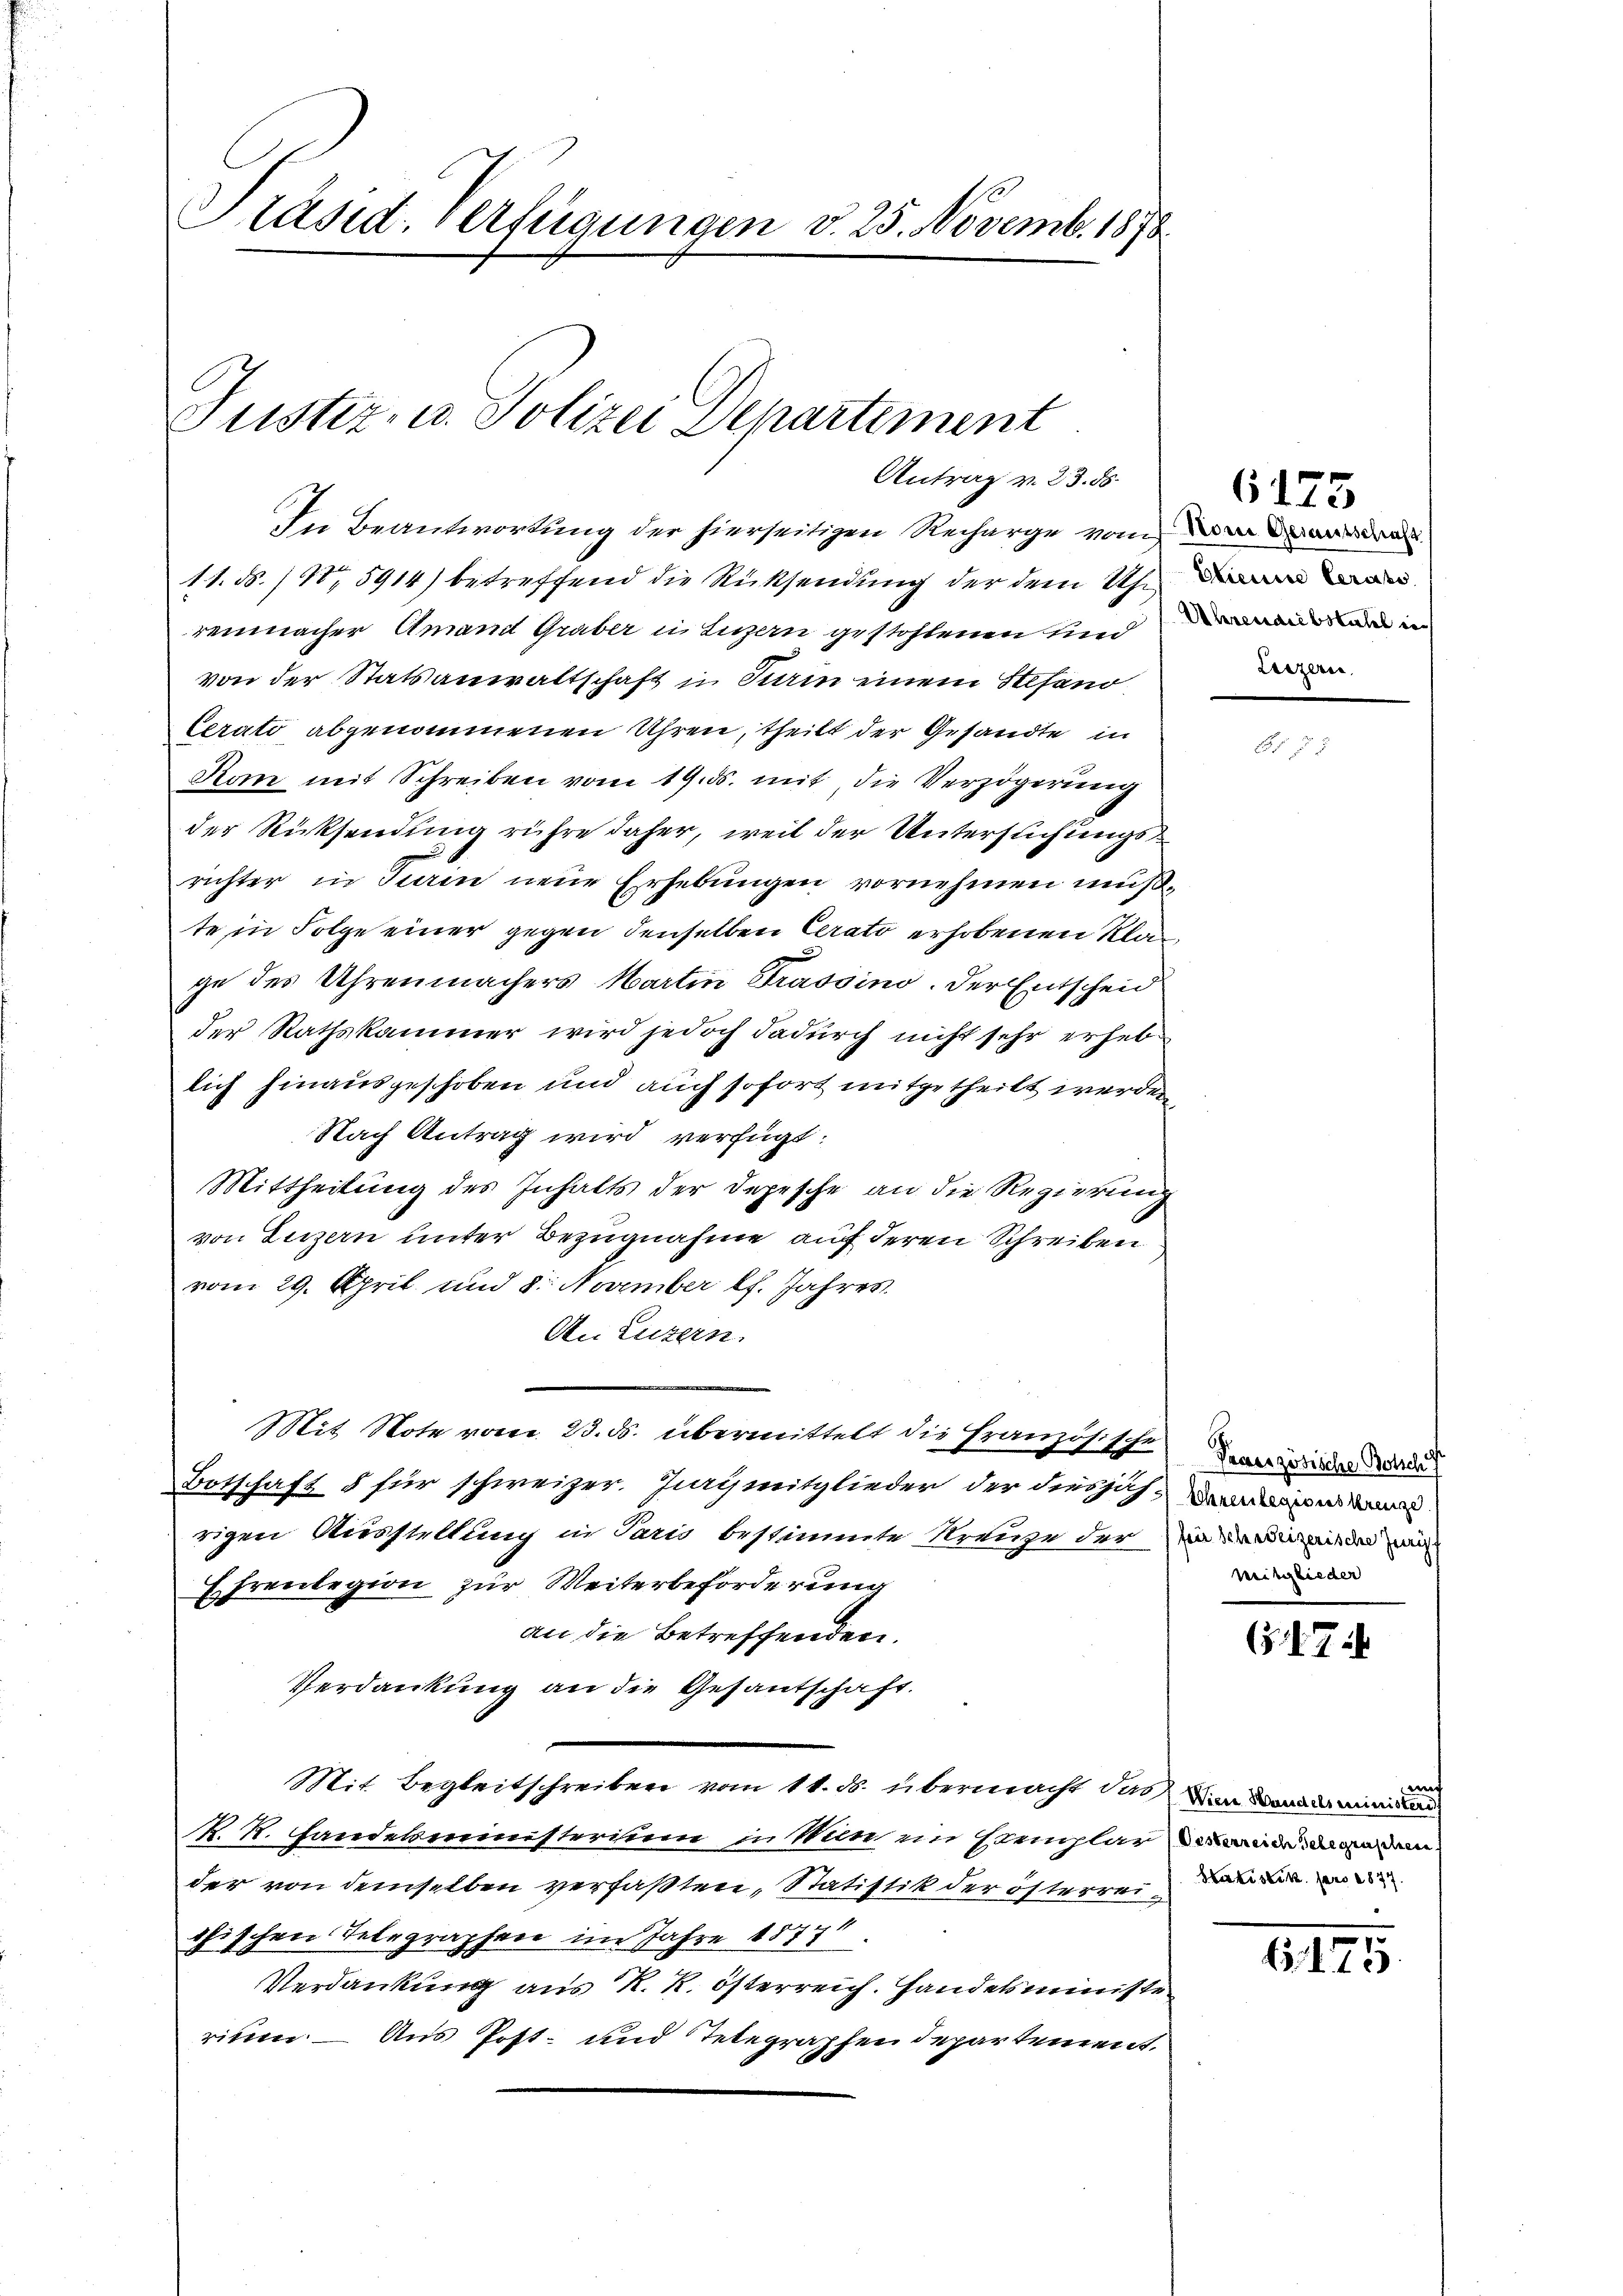
Präsid. Verfügungen d. 25. Novemb. 1878.
Justiz- u. Polizei Departement
Antrag v. 23. ds.

In Beantwortung der hierseitigen Recharge vom ande
11. N. / Nr 5914) betreffend die Rücksendung der dem Uhr
remnacher Amand Graber in Luzern gestohlenen eine an in
von der Statsanwaltschaft in Turin einem Stefand
Cerato abgenommenen Uhren, theilt der Gesandte in
Kan mit Schreiben vom 19. ds. mit, die Verzögerung
der Rücksendung rühre daher, weil der Untersuchungsrichter in Kein neue Erhebungen vornehmen mußte in Folge einer gegen denselben Cerato erhobenen Klage des Uhrenmachers Martin Trassino. Der Entscheid
der Rathskammer wird jedoch dadurch nicht sehr erheb
lich hinausgeschoben und auch sofort mitgetheilt werden,
Nach Antrag wird verfügt:
Mittheilung des Inhalts der Depesche an die Regierung
von Luzern unter Bezugnahme auf deren Schreiben
vom 29. April und 8. November lf. Jahres
An Luzern.
Mit Note vom 23. ds. übermittelt die Französische
Botschaft § für schweizer. Jurymitglieder der diesjährigen Ausstellung in Paris bestimmte Kreuze der in ein mi
Ehrenlegion zur Weiterbeförderung
an die Betreffenden.
Verdankung an die Gesantschaft.
Mit Begleitschreiben vom 11. ds. übermacht das im Landamman
K. K. Landekeiinisterium in Nun im Semplar in man dem
der von demselben verfaßten, Statistik der österrei
chischen Telegraphen im Jahre 18771
Verdankung aus K. R. österreich. Handelsministe
rium. — Aus Post- und Telegraphen departement.

Luzern,

6173

Paceszösische Botsch
Sohrenlegiones Krenze
Preisglieder

(§. 1. 714

mf

6, 175